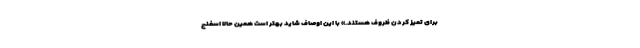
برای تمیز کردن ظروف هستند.» با این اوصاف شاید بهتر است همین حالا اسفنج